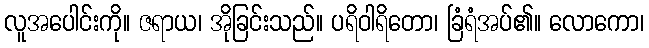
လူအပေါင်းကို။ ဇရာယ၊ အိုခြင်းသည်။ ပရိဝါရိတော၊ ခြံရံအပ်၏။ လောကော၊